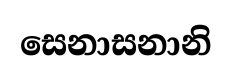
සෙනාසනානි